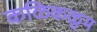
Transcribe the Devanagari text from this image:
कळिकळुम